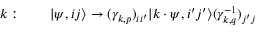
k : \quad \quad \vert \psi , i j \rangle \rightarrow ( \gamma _ { k , p } ) _ { i i ^ { \prime } } \vert k \cdot \psi , i ^ { \prime } j ^ { \prime } \rangle ( \gamma _ { k , q } ^ { - 1 } ) _ { j ^ { \prime } j }